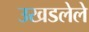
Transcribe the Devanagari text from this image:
उखडलेले